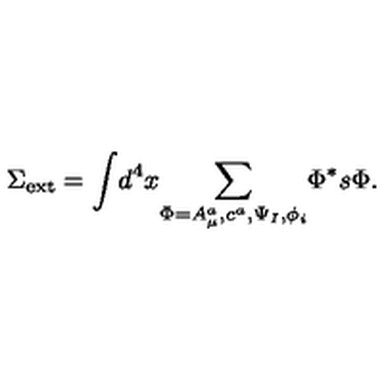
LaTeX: \Sigma _ { \mathrm { e x t } } = { \int } d ^ { 4 } x { \sum _ { \Phi = A _ { \mu } ^ { a } , c ^ { a } , \Psi _ { I } , \phi _ { i } } } \Phi ^ { * } s \Phi .